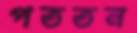
পততন